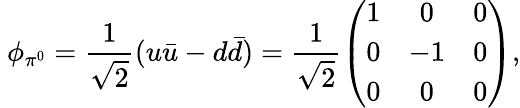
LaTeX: \ \phi_{\pi^{0}}=\frac{1}{\sqrt{2}}(u\bar{u}-d\bar{d})=\frac{1}{\sqrt{2}}\left(\begin{array}{ccc}{{1}}&{{0}}&{{0}}\\ {{0}}&{{-1}}&{{0}}\\ {{0}}&{{0}}&{{0}}\end{array}\right),